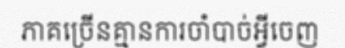
ភាគច្រើនគ្មានការចាំបាច់អ្វីចេញ